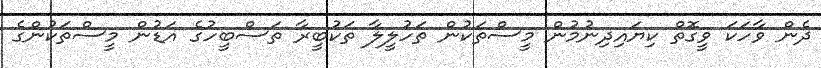
ދެން ވާހަކަ ވީގޮތް ކިޔައިދިނުމުން މީސްތަކުން ތަހުލީލާ ތަކުބީރާ ތަސްބީހުގެ އަޑުން މީސްތަކުންގެ